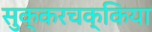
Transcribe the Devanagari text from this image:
सुक्करचक्किया